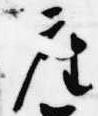
座